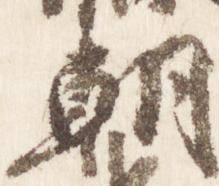
朝